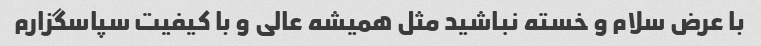
با عرض سلام و خسته نباشید مثل همیشه عالی و با کیفیت سپاسگزارم